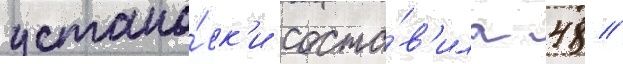
устано́вк'и соста́в'ила 48 /